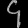
Digit: ၄